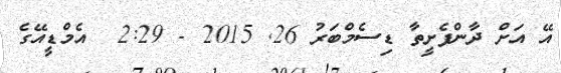
އޭ އަށް ދާންފެށީތާ ޑިސެމްބަރު 26